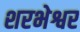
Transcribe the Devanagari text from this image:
शरभेश्वर